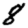
Digit: 8